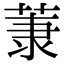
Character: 𫈤